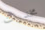
مخدرات